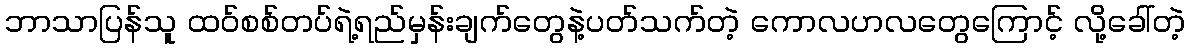
ဘာသာပြန်သူ ထဝ်စစ်တပ်ရဲ့ရည်မှန်းချက်တွေနဲ့ပတ်သက်တဲ့ ကောလဟလတွေကြောင့် လို့ခေါ်တဲ့